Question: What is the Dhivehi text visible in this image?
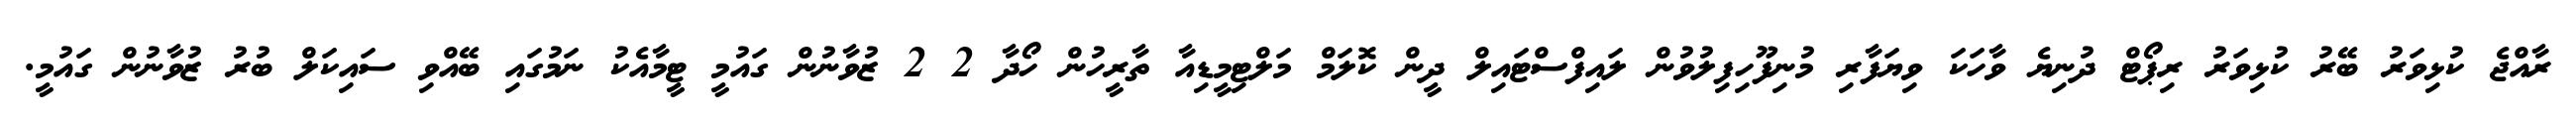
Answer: ރާއްޖެ ކުޅިވަރު ބޭރު ކުޅިވަރު ރިޕޯޓް ދުނިޔެ ވާހަކަ ވިޔަފާރި މުނިފޫހިފިލުވުން ލައިފްސްޓައިލް ދީން ކޮލަމް މަލްޓިމީޑިއާ ތާރީހުން ހޯދާ 2 2 ޒުވާނުން ގައުމީ ޓީމާއެކު ނަމުގައި ބޭއްވި ސައިކަލް ބުރު ޒުވާނުން ގައުމީ.